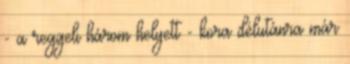
- a reggeli három helyett - kora délutánra már